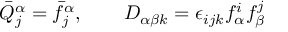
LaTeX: \bar { Q } _ { j } ^ { \alpha } = \bar { f } _ { j } ^ { \alpha } , ~ ~ ~ ~ ~ ~ D _ { \alpha \beta k } = \epsilon _ { i j k } f _ { \alpha } ^ { i } f _ { \beta } ^ { j }